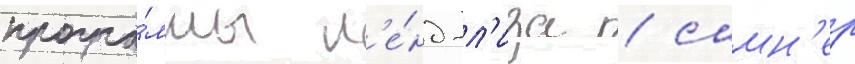
програ́ммы л'е́нд-л'иза / самн'ер